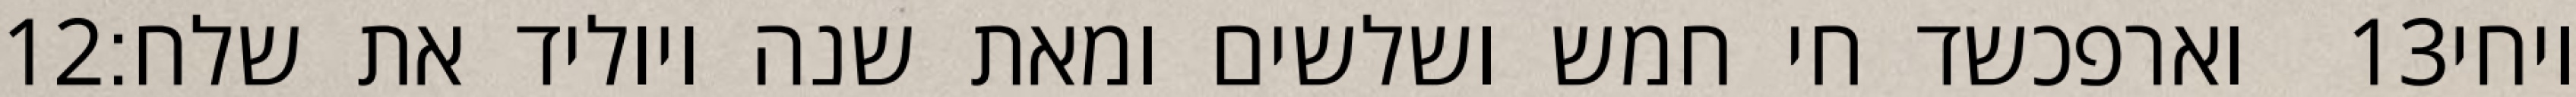
‎12‏ וארפכשד חי חמש ושלשים ומאת שנה ויוליד את שלח׃ ‎13‏ ויחי